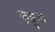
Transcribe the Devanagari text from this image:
कुड्डुपा